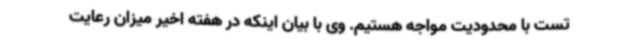
تست با محدودیت مواجه هستیم. وی با بیان اینکه در هفته اخیر میزان رعایت